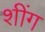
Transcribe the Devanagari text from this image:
शींग